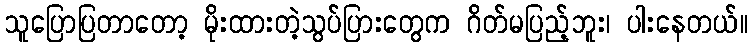
သူပြောပြတာတော့ မိုးထားတဲ့သွပ်ပြားတွေက ဂိတ်မပြည့်ဘူး၊ ပါးနေတယ်။